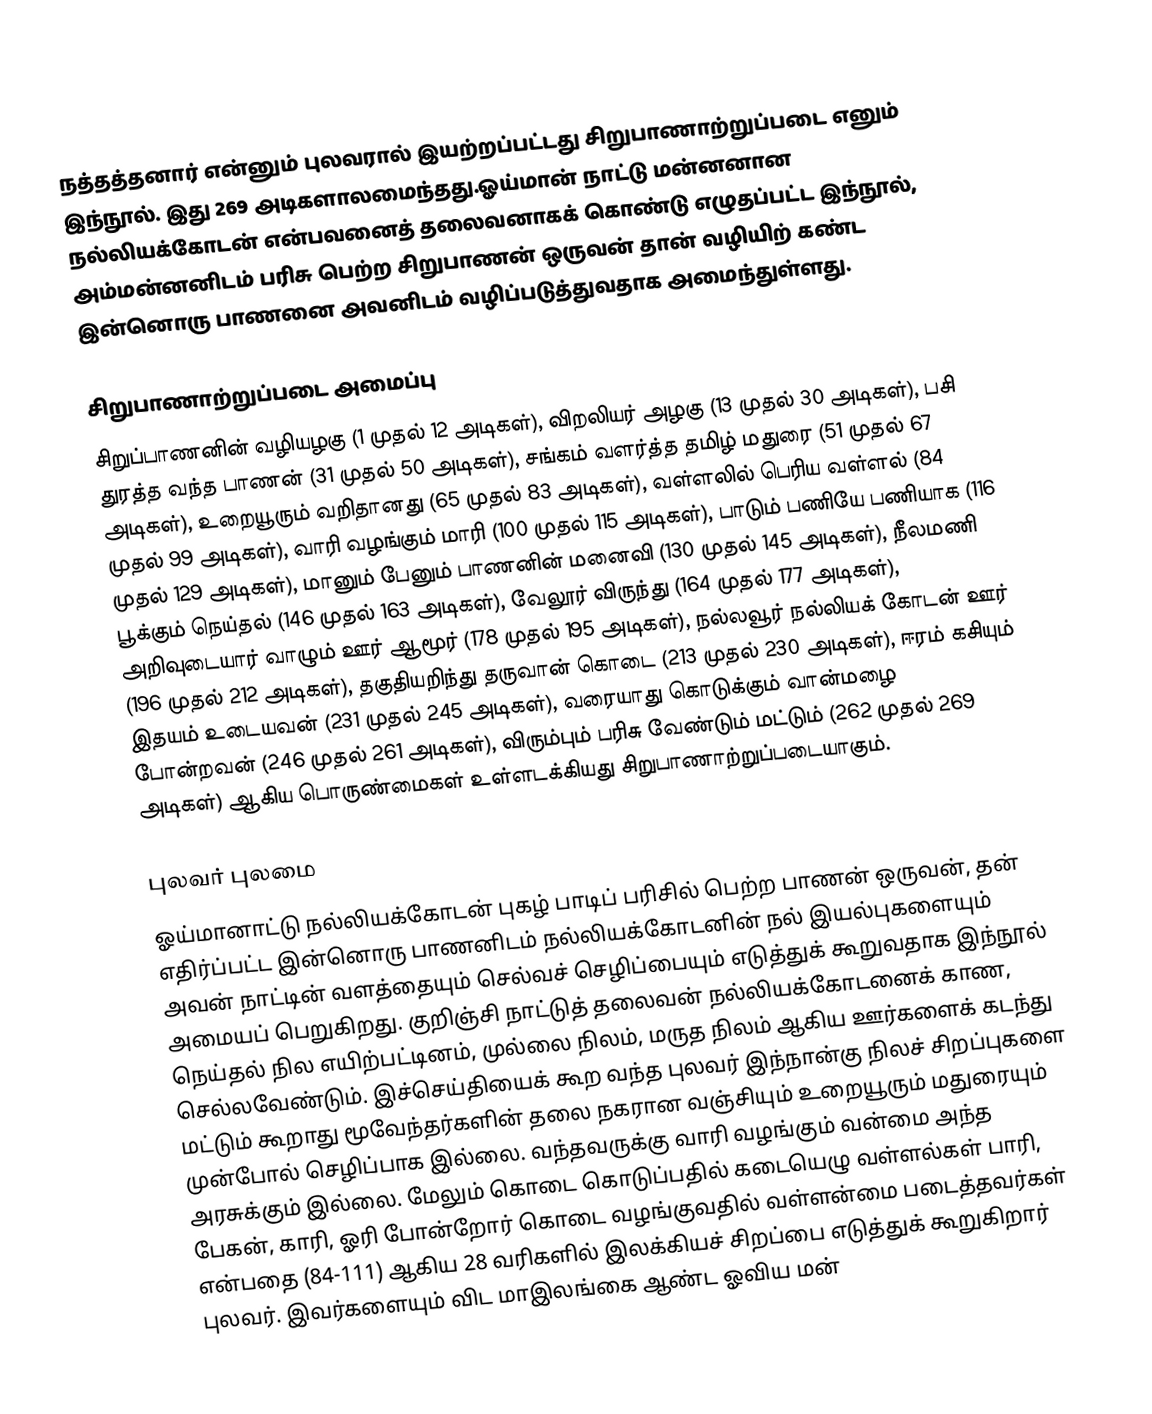
நத்தத்தனார் என்னும் புலவரால் இயற்றப்பட்டது சிறுபாணாற்றுப்படை எனும் இந்நூல். இது 269 அடிகளாலமைந்தது.ஓய்மான் நாட்டு மன்னனான நல்லியக்கோடன் என்பவனைத் தலைவனாகக் கொண்டு எழுதப்பட்ட இந்நூல், அம்மன்னனிடம் பரிசு பெற்ற சிறுபாணன் ஒருவன் தான் வழியிற் கண்ட இன்னொரு பாணனை அவனிடம் வழிப்படுத்துவதாக அமைந்துள்ளது.

சிறுபாணாற்றுப்படை அமைப்பு
சிறுப்பாணனின் வழியழகு (1 முதல் 12 அடிகள்), விறலியர் அழகு (13 முதல் 30 அடிகள்), பசி துரத்த வந்த பாணன் (31 முதல் 50 அடிகள்), சங்கம் வளர்த்த தமிழ் மதுரை (51 முதல் 67 அடிகள்), உறையூரும் வறிதானது (65 முதல் 83 அடிகள்), வள்ளலில் பெரிய வள்ளல் (84 முதல் 99 அடிகள்), வாரி வழங்கும் மாரி (100 முதல் 115 அடிகள்), பாடும் பணியே பணியாக (116 முதல் 129 அடிகள்), மானும் பேனும் பாணனின் மனைவி (130 முதல் 145 அடிகள்), நீலமணி பூக்கும் நெய்தல் (146 முதல் 163 அடிகள்), வேலூர் விருந்து (164 முதல் 177 அடிகள்), அறிவுடையார் வாழும் ஊர் ஆமூர் (178 முதல் 195 அடிகள்), நல்லவூர் நல்லியக் கோடன் ஊர் (196 முதல் 212 அடிகள்), தகுதியறிந்து தருவான் கொடை (213 முதல் 230 அடிகள்), ஈரம் கசியும் இதயம் உடையவன் (231 முதல் 245 அடிகள்), வரையாது கொடுக்கும் வான்மழை போன்றவன் (246 முதல் 261 அடிகள்), விரும்பும் பரிசு வேண்டும் மட்டும் (262 முதல் 269 அடிகள்) ஆகிய பொருண்மைகள் உள்ளடக்கியது சிறுபாணாற்றுப்படையாகும்.

புலவர் புலமை
ஓய்மானாட்டு நல்லியக்கோடன் புகழ் பாடிப் பரிசில் பெற்ற பாணன் ஒருவன், தன் எதிர்ப்பட்ட இன்னொரு பாணனிடம் நல்லியக்கோடனின் நல் இயல்புகளையும் அவன் நாட்டின் வளத்தையும் செல்வச் செழிப்பையும் எடுத்துக் கூறுவதாக இந்நூல் அமையப் பெறுகிறது. குறிஞ்சி நாட்டுத் தலைவன் நல்லியக்கோடனைக் காண, நெய்தல் நில எயிற்பட்டினம், முல்லை நிலம், மருத நிலம் ஆகிய ஊர்களைக் கடந்து செல்லவேண்டும். இச்செய்தியைக் கூற வந்த புலவர் இந்நான்கு நிலச் சிறப்புகளை மட்டும் கூறாது மூவேந்தர்களின் தலை நகரான வஞ்சியும் உறையூரும் மதுரையும்  முன்போல் செழிப்பாக இல்லை. வந்தவருக்கு வாரி வழங்கும் வன்மை அந்த அரசுக்கும் இல்லை. மேலும் கொடை கொடுப்பதில் கடையெழு வள்ளல்கள் பாரி, பேகன், காரி, ஓரி போன்றோர் கொடை வழங்குவதில் வள்ளன்மை படைத்தவர்கள் என்பதை (84-111) ஆகிய 28 வரிகளில் இலக்கியச் சிறப்பை எடுத்துக் கூறுகிறார் புலவர். இவர்களையும் விட மாஇலங்கை ஆண்ட ஓவிய மன்